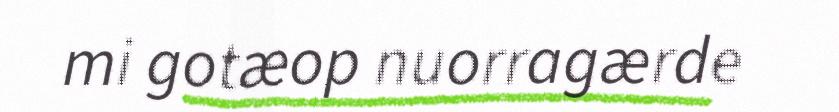
mi gotæop nuorragærde